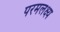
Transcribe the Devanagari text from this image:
परमलक्ष्य